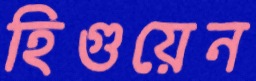
হিগুয়েন